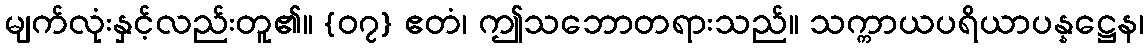
မျက်လုံးနှင့်လည်းတူ၏။ {၀၇} ဧတံ၊ ဤသဘောတရားသည်။ သက္ကာယပရိယာပန္နဋ္ဌေန၊